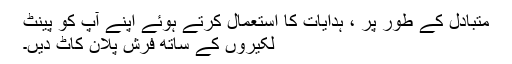
متبادل کے طور پر ، ہدایات کا استعمال کرتے ہوئے اپنے آپ کو پینٹ
لکیروں کے ساتھ فرش پلان کاٹ دیں۔